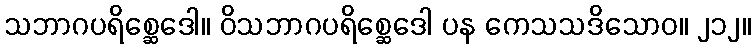
သဘာဂပရိစ္ဆေဒေါ။ ဝိသဘာဂပရိစ္ဆေဒေါ ပန ကေသသဒိသောဝ။ ၂၁၂။